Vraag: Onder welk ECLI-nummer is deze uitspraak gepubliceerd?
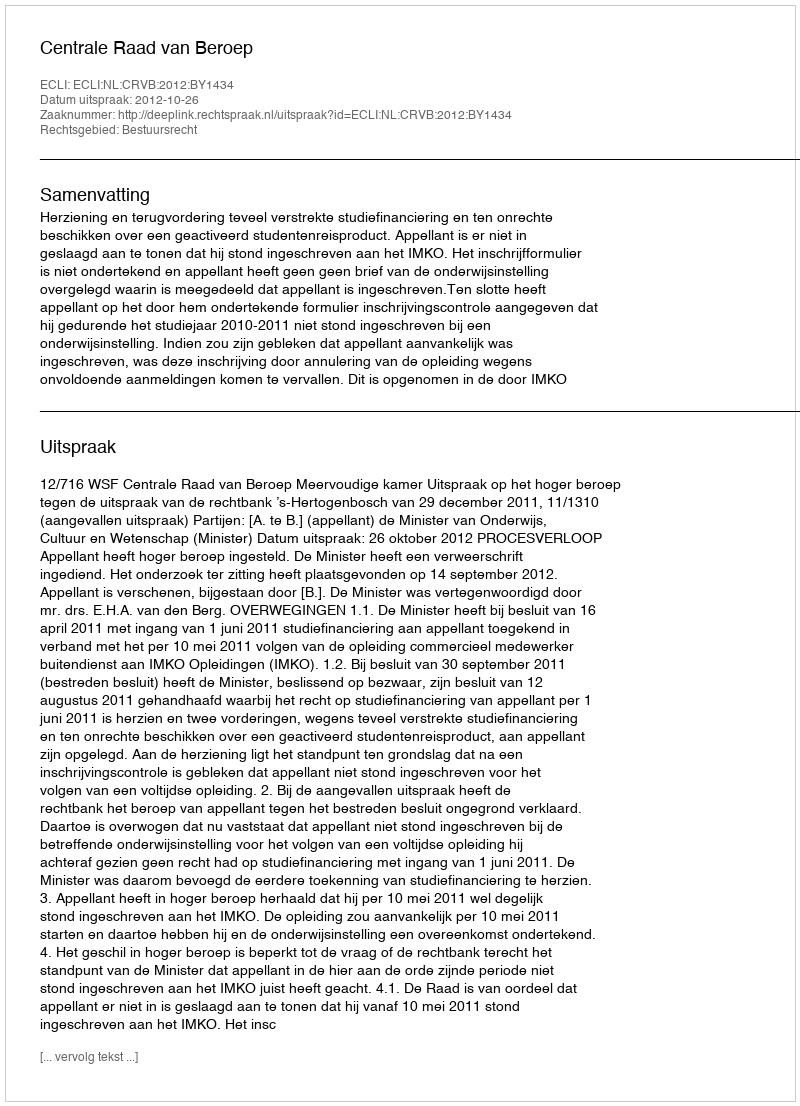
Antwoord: ECLI:NL:CRVB:2012:BY1434